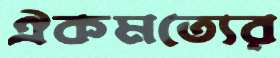
ঐকমত্যের